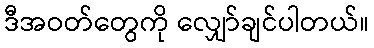
ဒီအဝတ်တွေကို လျှော်ချင်ပါတယ်။